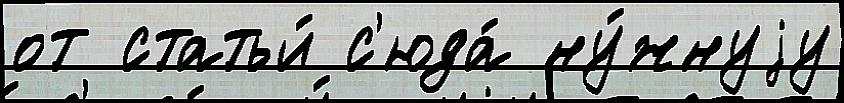
от статьи́ с'юда́ ну́жнуjу